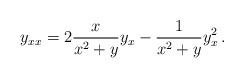
LaTeX: \begin{align*}y_{xx} = 2\frac{x}{x^2+y}y_x-\frac{1}{x^2+y}y_x^2\,.\end{align*}